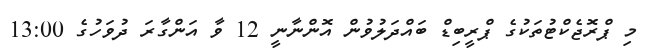
މި ޕްރޮޖެކްޓުތަކުގެ ޕްރީބިޑް ބައްދަލުވުން އޮންނާނީ 12 ވާ އަންގާރަ ދުވަހުގެ 13:00